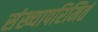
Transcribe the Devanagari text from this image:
संख्यापरिमितं